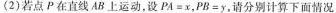
(2)若点P在直线AB上运动，设$$P A = x$$，$$P B = y$$，请分别计算下面情况